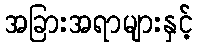
အခြားအရာများနှင့်